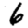
Digit: 6